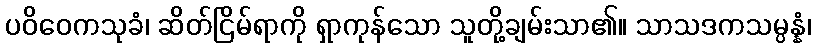
ပဝိဝေကသုခံ၊ ဆိတ်ငြိမ်ရာကို ရှာကုန်သော သူတို့ချမ်းသာ၏။ သာသဒကသမ္ပန္နံ၊